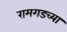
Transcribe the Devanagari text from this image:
रामगडच्या